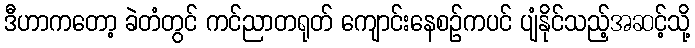
ဒီဟာကတော့ ခဲတံတွင် ကင်ညာတရုတ် ကျောင်းနေစဉ်ကပင် ပျံနိုင်သည့်အဆင့်သို့